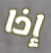
إذا